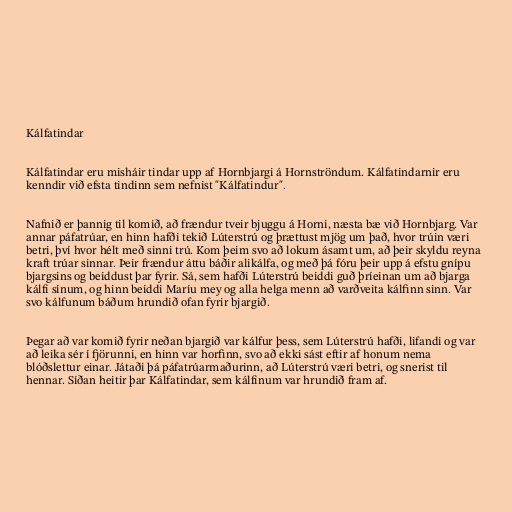
Kálfatindar

Kálfatindar eru misháir tindar upp af Hornbjargi á Hornströndum. Kálfatindarnir eru
kenndir við efsta tindinn sem nefnist "Kálfatindur".

Nafnið er þannig til komið, að frændur tveir bjuggu á Horni, næsta bæ við Hornbjarg. Var
annar páfatrúar, en hinn hafði tekið Lúterstrú og þrættust mjög um það, hvor trúin væri
betri, því hvor hélt með sinni trú. Kom þeim svo að lokum ásamt um, að þeir skyldu reyna
kraft trúar sinnar. Þeir frændur áttu báðir alikálfa, og með þá fóru þeir upp á efstu gnípu
bjargsins og beiddust þar fyrir. Sá, sem hafði Lúterstrú beiddi guð þríeinan um að bjarga
kálfi sínum, og hinn beiddi Maríu mey og alla helga menn að varðveita kálfinn sinn. Var
svo kálfunum báðum hrundið ofan fyrir bjargið.

Þegar að var komið fyrir neðan bjargið var kálfur þess, sem Lúterstrú hafði, lifandi og var
að leika sér í fjörunni, en hinn var horfinn, svo að ekki sást eftir af honum nema
blóðslettur einar. Játaði þá páfatrúarmaðurinn, að Lúterstrú væri betri, og snerist til
hennar. Síðan heitir þar Kálfatindar, sem kálfinum var hrundið fram af.